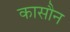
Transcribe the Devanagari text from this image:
कासौन